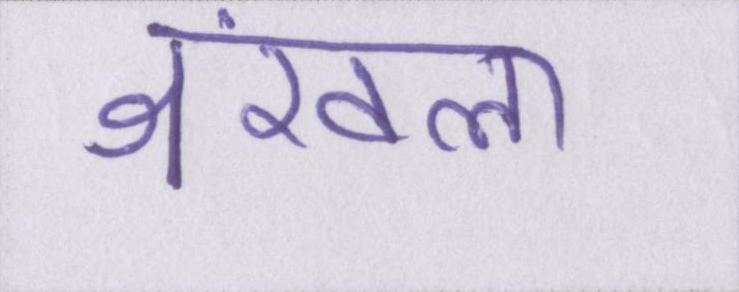
श्रंखला